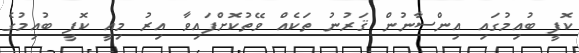
ކޮފީ ބުއިމުގައި އިންސާނުން ޤަރުނު ތަކެއް ވޭތުކޮށްފައިވާ އިރު މިއީ ކޮފީ ބުއިމުގެ